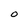
Character: O